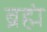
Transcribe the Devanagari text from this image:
ब्रह्मं